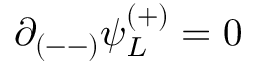
\partial _ { ( -- ) } \psi _ { L } ^ { ( + ) } = 0